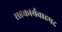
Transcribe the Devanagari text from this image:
सहकार्यवाहपद